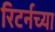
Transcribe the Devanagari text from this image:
रिटर्नच्या